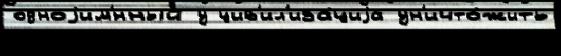
одноjим'́нный у цив'ил'иза́циjа ун'ичто́жить